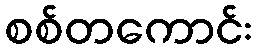
စစ်တကောင်း